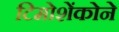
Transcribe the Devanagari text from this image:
टिमोशेंकोने